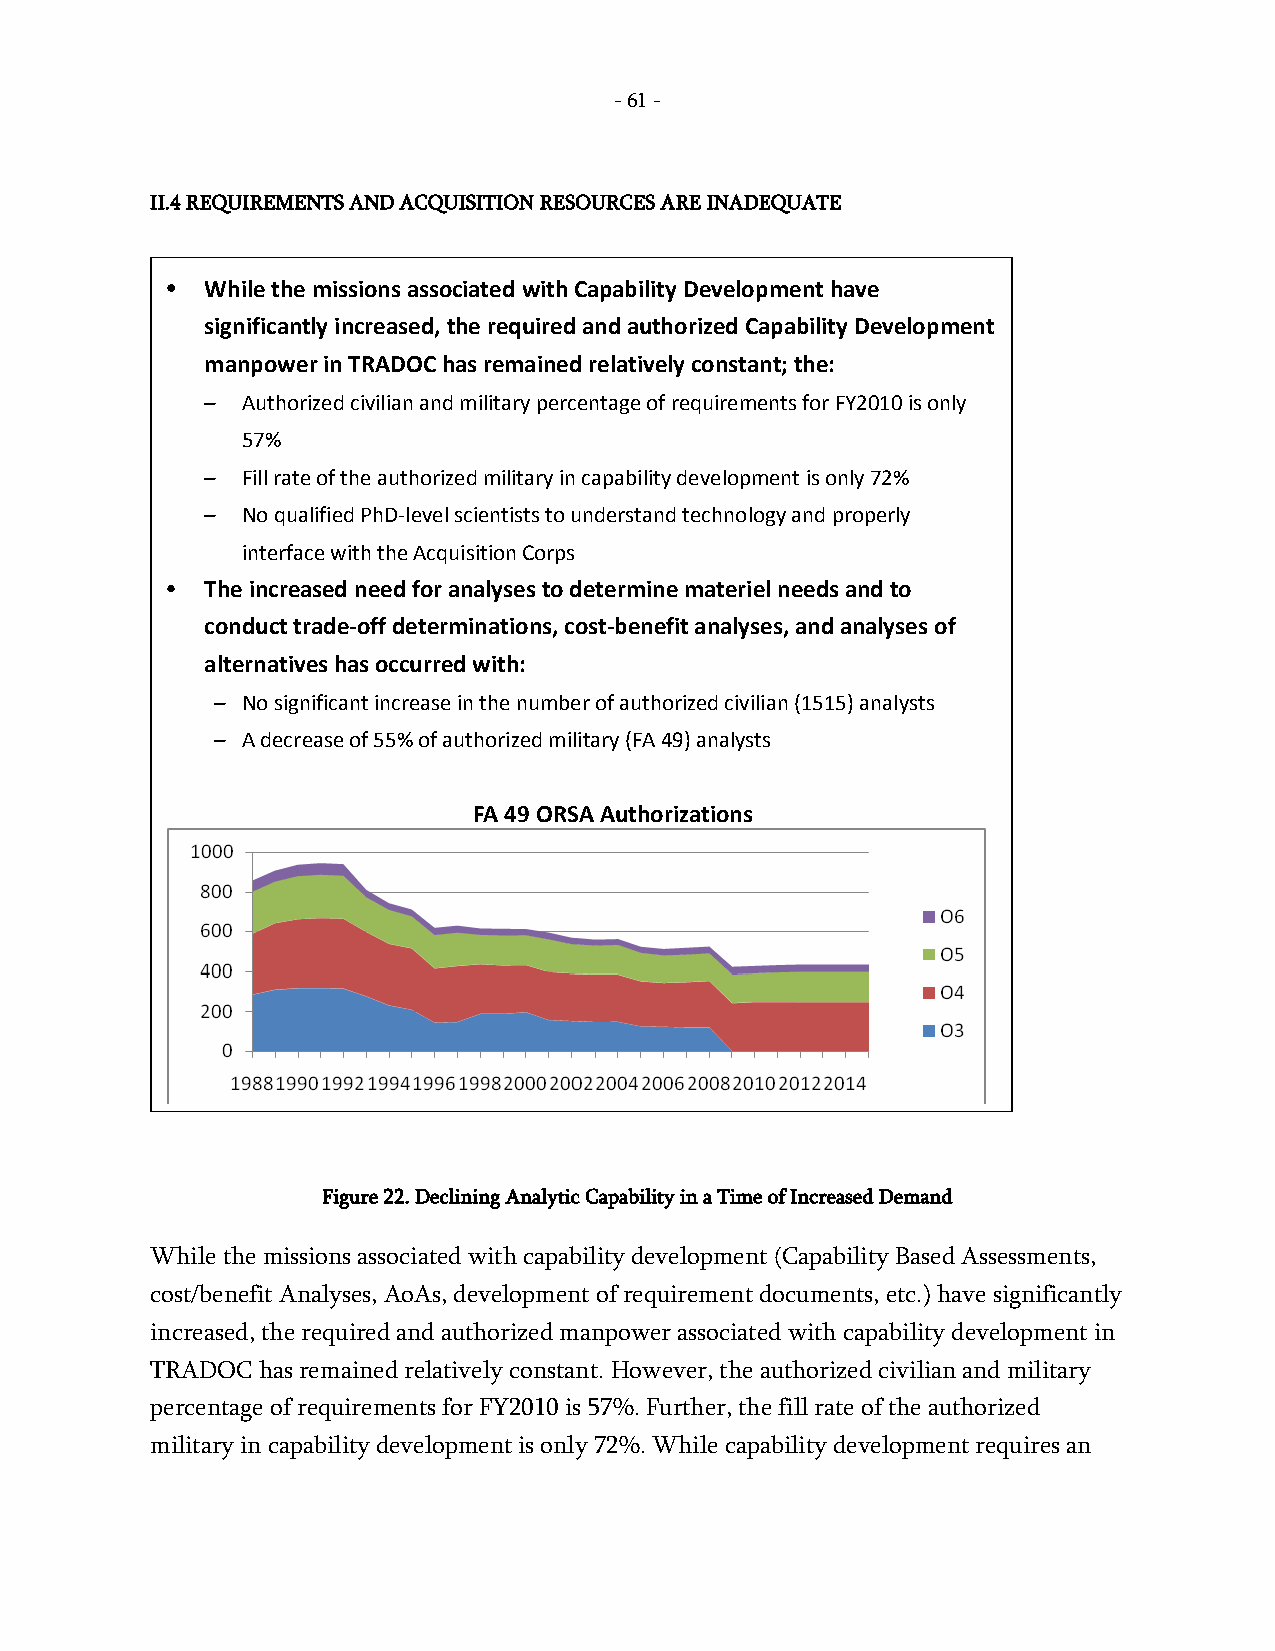
- 61 -
 II.4 REQUIREMENTS AND ACQUISITION RESOURCES ARE INADEQUATE
 •  While the missions associated with Capability Development have
 significantly increased, the required and authorized Capability Development
 manpower in TRADOC has remained relatively constant; the:
 – Authorized civilian and military percentage of requirements for FY2010 is only
 57%
 – Fill rate of the authorized military in capability development is only 72%
 – No qualified PhD-level scientists to understand technology and properly
 interface with the Acquisition Corps
 •  The increased need for analyses to determine materiel needs and to
 conduct trade-off determinations, cost-benefit analyses, and analyses of
 alternatives has occurred with:
 – No significant increase in the number of authorized civilian (1515) analysts
 – A decrease of 55% of authorized military (FA 49) analysts
 FA 49 ORSA Authorizations
 Figure 22. Declining Analytic Capability in a Time of Increased Demand
 While the missions associated with capability development (Capability Based Assessments,
 cost/benefit Analyses, AoAs, development of requirement documents, etc.) have significantly
 increased, the required and authorized manpower associated with capability development in
 TRADOC has remained relatively constant. However, the authorized civilian and military
 percentage of requirements for FY2010 is 57%. Further, the fill rate of the authorized
 military in capability development is only 72%. While capability development requires an
 -
 61
 -